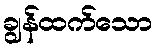
ချွန်ထက်သော